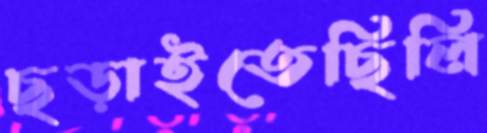
ছড়াইতেছিলি